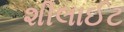
શીલાઈટ